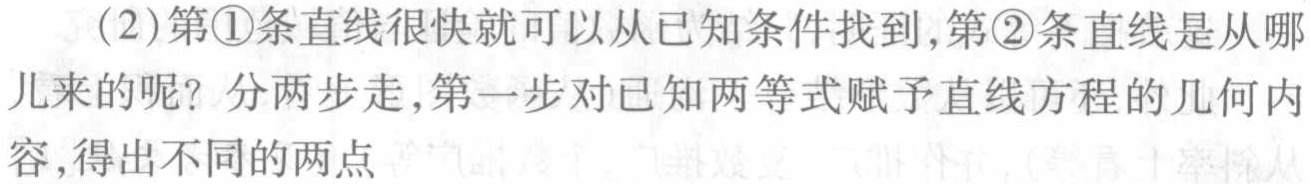
(2)第\textcircled{1}条直线很快就可以从已知条件找到,第\textcircled{2}条直线是从哪儿来的呢？分两步走,第一步对已知两等式赋予直线方程的几何内容,得出不同的两点